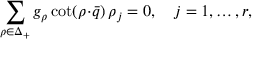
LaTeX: \sum _ { \rho \in \Delta _ { + } } g _ { \rho } \cot ( \rho \! \cdot \! \bar { q } ) \, \rho _ { j } = 0 , \quad j = 1 , \ldots , r ,